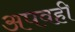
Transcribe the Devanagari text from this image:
अपवही